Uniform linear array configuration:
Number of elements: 12
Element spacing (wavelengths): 0.25
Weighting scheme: blackman
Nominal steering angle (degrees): -30
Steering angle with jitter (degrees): -29.855
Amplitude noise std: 0.05
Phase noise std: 0.05

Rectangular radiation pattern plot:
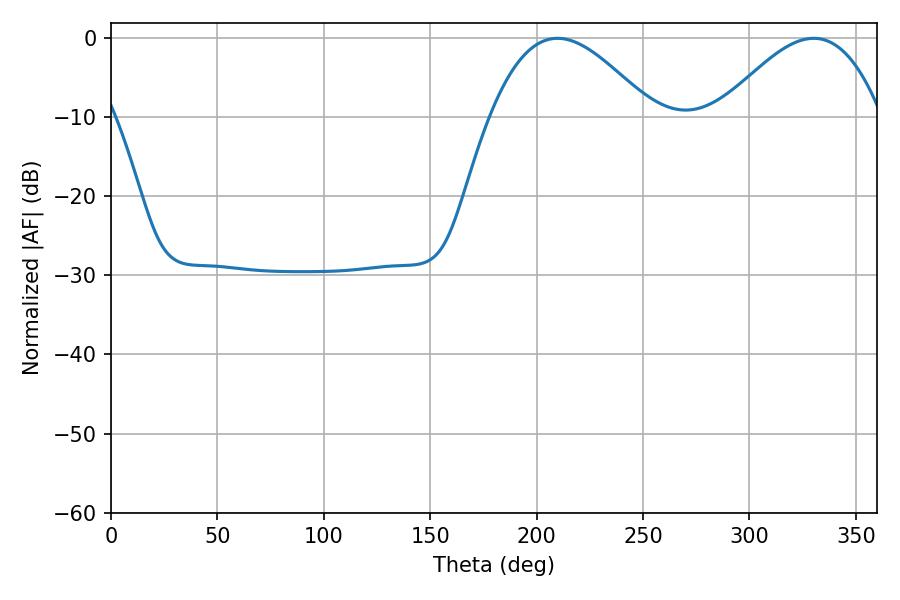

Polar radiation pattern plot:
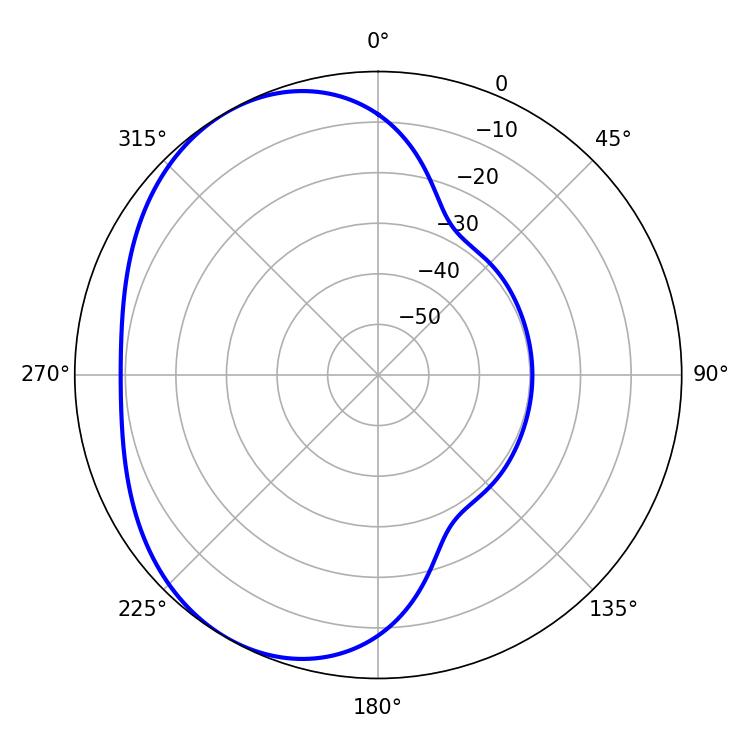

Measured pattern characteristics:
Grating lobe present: FALSE
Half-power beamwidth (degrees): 41.04
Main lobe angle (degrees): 209.88